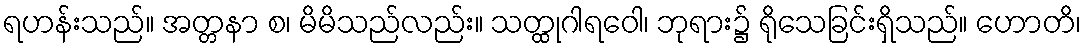
ရဟန်းသည်။ အတ္တနာ စ၊ မိမိသည်လည်း။ သတ္ထုဂါရဝေါ၊ ဘုရား၌ ရိုသေခြင်းရှိသည်။ ဟောတိ၊